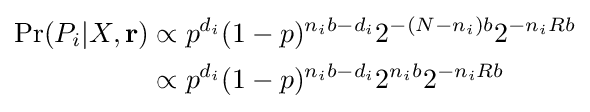
{\begin{aligned}\Pr(P_{i}|X,{\mathbf {r} })&\propto p^{d_{i}}(1-p)^{n_{i}b-d_{i}}2^{-(N-n_{i})b}2^{-n_{i}Rb}\\&\propto p^{d_{i}}(1-p)^{n_{i}b-d_{i}}2^{n_{i}b}2^{-n_{i}Rb}\end{aligned}}